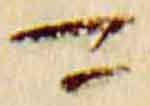
可